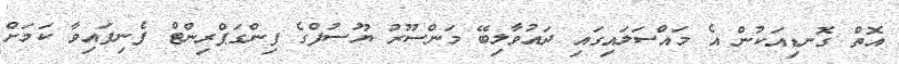
އޮތް ގޮނޑިއަކުން އެ މައްސަލައިގައި ދައުވާލިބޭ މަންސޫރު ޔޫސުފްގެ ފިންގަޕްރިންޓް ފެނިފައިވާ ކަމަށް